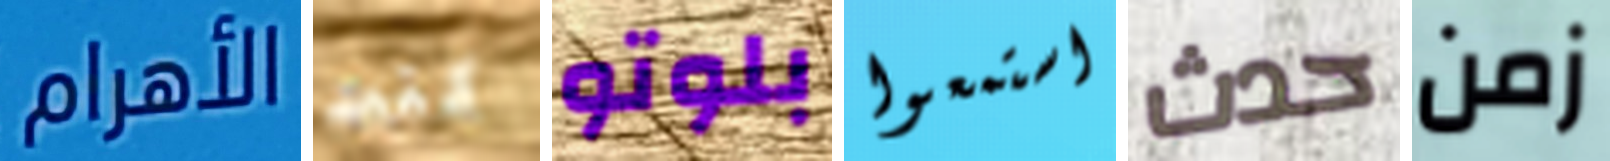
الأهرام كنت بلوتو استمعوا حدث زمن